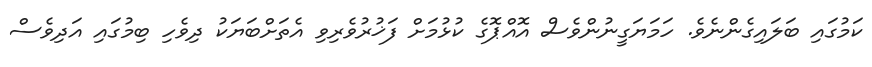
ކަމުގައި ބަލައިގެންނެވެ. ހަމަޔަގީނުންވެސް އޮއްޕޮގެ ކުޅުމަށް ފަޚުރުވެރިވި އެތަށްބަޔަކު ދިވެހި ބިމުގައި އަދިވެސް